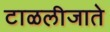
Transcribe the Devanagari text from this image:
टाळलीजाते